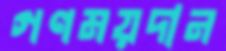
গণময়দান